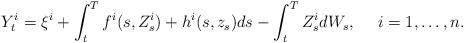
LaTeX: \begin{align*}Y^i_t=\xi^i+\int_t^Tf^i(s,Z^i_s)+h^i(s,z_s)ds-\int_t^TZ^i_sdW_s,~~~~ i=1,\dots,n.\end{align*}